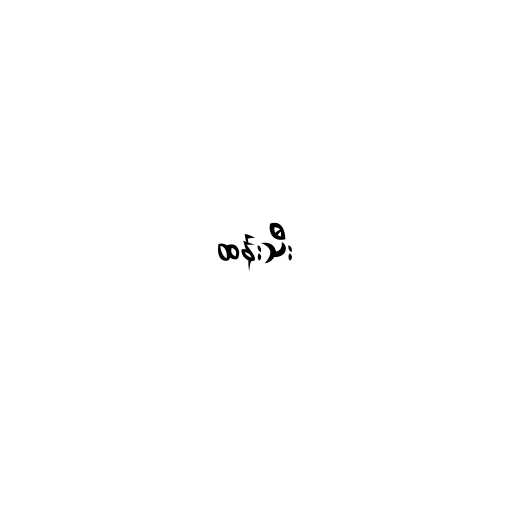
ထန်းသီး